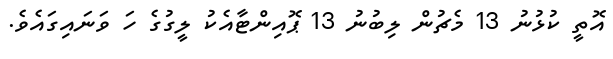
އޮތީ ކުޅުނު 13 މެޗުން ލިބުނު 13 ޕޮއިންޓާއެކު ލީގުގެ ހަ ވަނައިގައެވެ.